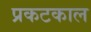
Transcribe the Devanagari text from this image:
प्रकटकाल